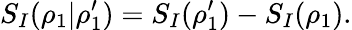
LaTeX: S_{I}(\rho_{1}|\rho_{1}^{\prime})=S_{I}(\rho_{1}^{\prime})-S_{I}(\rho_{1}).